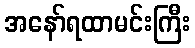
အနော်ရထာမင်းကြီး